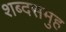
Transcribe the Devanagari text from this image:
शब्दसमुह